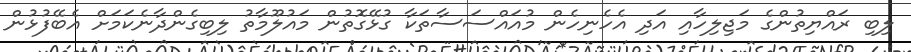
ލިބި ރައްޔިތުންގެ މަޖިލިހާއި އަދި އެހެނިހެން މުއައްސަސާތަކާ ގުޅޭގޮތުން މައުލޫމާތު ލިބިގެންދާނެކަމަށް އެބޭފުޅުން